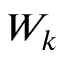
W _ { k }